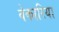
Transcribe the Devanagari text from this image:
वेकारिया